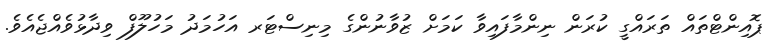
ޕޮއިންޓްތައް ތަރައްގީ ކުރަން ނިންމާފައިވާ ކަމަށް ޒުވާނުންގެ މިނިސްޓަރ އަހުމަދު މަހުލޫފް ވިދާޅުވެއްޖެއެވެ.